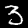
Digit: 3